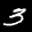
Label: 3